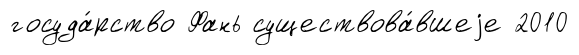
госуда́рство Фань существова́вшеjе 2010